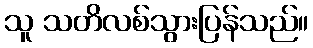
သူ သတိလစ်သွားပြန်သည်။